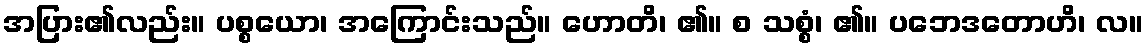
အပြား၏လည်း။ ပစ္စယော၊ အကြောင်းသည်။ ဟောတိ၊ ၏။ စ သစ္စံ၊ ၏။ ပဘေဒတောဟိ၊ လ။